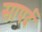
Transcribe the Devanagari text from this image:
सापर्द